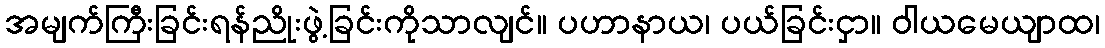
အမျက်ကြီးခြင်းရန်ညိုးဖွဲ့ခြင်းကိုသာလျင်။ ပဟာနာယ၊ ပယ်ခြင်းငှာ။ ဝါယမေယျာထ၊